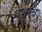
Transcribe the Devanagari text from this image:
बभुत्व